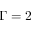
\Gamma = 2